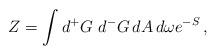
LaTeX: \begin{align*}Z=\int d{^+G} \,\, d{^-G}\, dA\, d\omega e^{-S} \, ,\end{align*}